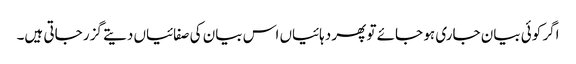
اگر کوئی بیان جاری ہو جائے تو پھر دہائیاں اس بیان کی صفائیاں دیتے گزر جاتی ہیں۔